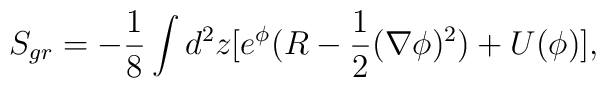
S_{gr}=-{1 \over8}\int\limits_{}^{}d^{2}z[e^{\phi} (R - {1 \over 2} (\nabla \phi)^ {2})+ U(\phi)] ,